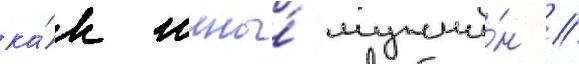
ка́к жены́ мужчи́н //